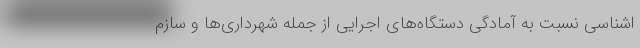
اشناسی نسبت به آمادگی دستگاه‌های اجرایی از جمله شهرداری‌ها و سازم